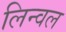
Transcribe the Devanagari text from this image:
लिन्वल